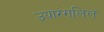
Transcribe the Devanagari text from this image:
उयारंगलिल